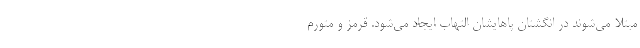
مبتلا می‌شوند در انگشتان پاهایشان التهاب ایجاد می‌شود. قرمز و متورم